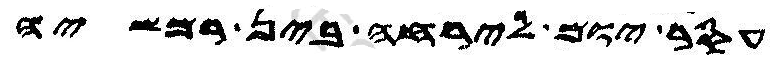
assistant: עסר יום לירחה בין רמשיה